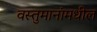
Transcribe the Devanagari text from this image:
वस्तुमानांमधील